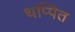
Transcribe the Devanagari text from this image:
थप्पित